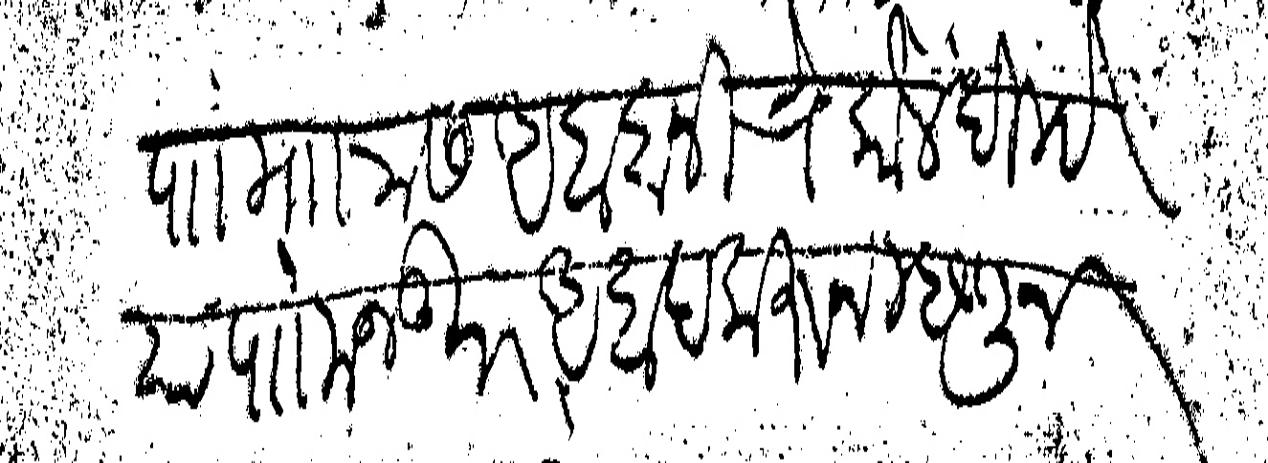
Transliteration (Devanagari): पाा मारास आबादानीचे कौल दिल्हे या पा मजकूर आबाद करून म्हणून